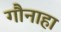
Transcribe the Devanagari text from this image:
गौनाहा